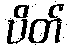
ပိတ်